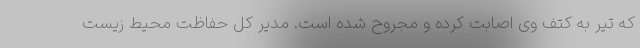
که تیر به کتف وی اصابت کرده و مجروح شده است. مدیر کل حفاظت محیط زیست